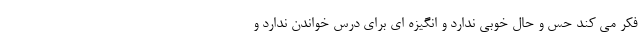
فکر می کند حس و حال خوبی ندارد و انگیزه ای برای درس خواندن ندارد و